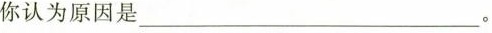
你认为原因是___。